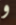
و